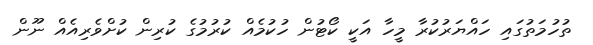
ތުހުމަތުގައި ހައްޔަރުކުރާ މީހާ އަކީ ކޯޓުން ހުކުމެއް ކުރުމުގެ ކުރިން ކުށްވެރިއެއް ނޫން